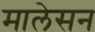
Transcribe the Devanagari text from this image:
मालेसन